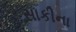
સાકીના